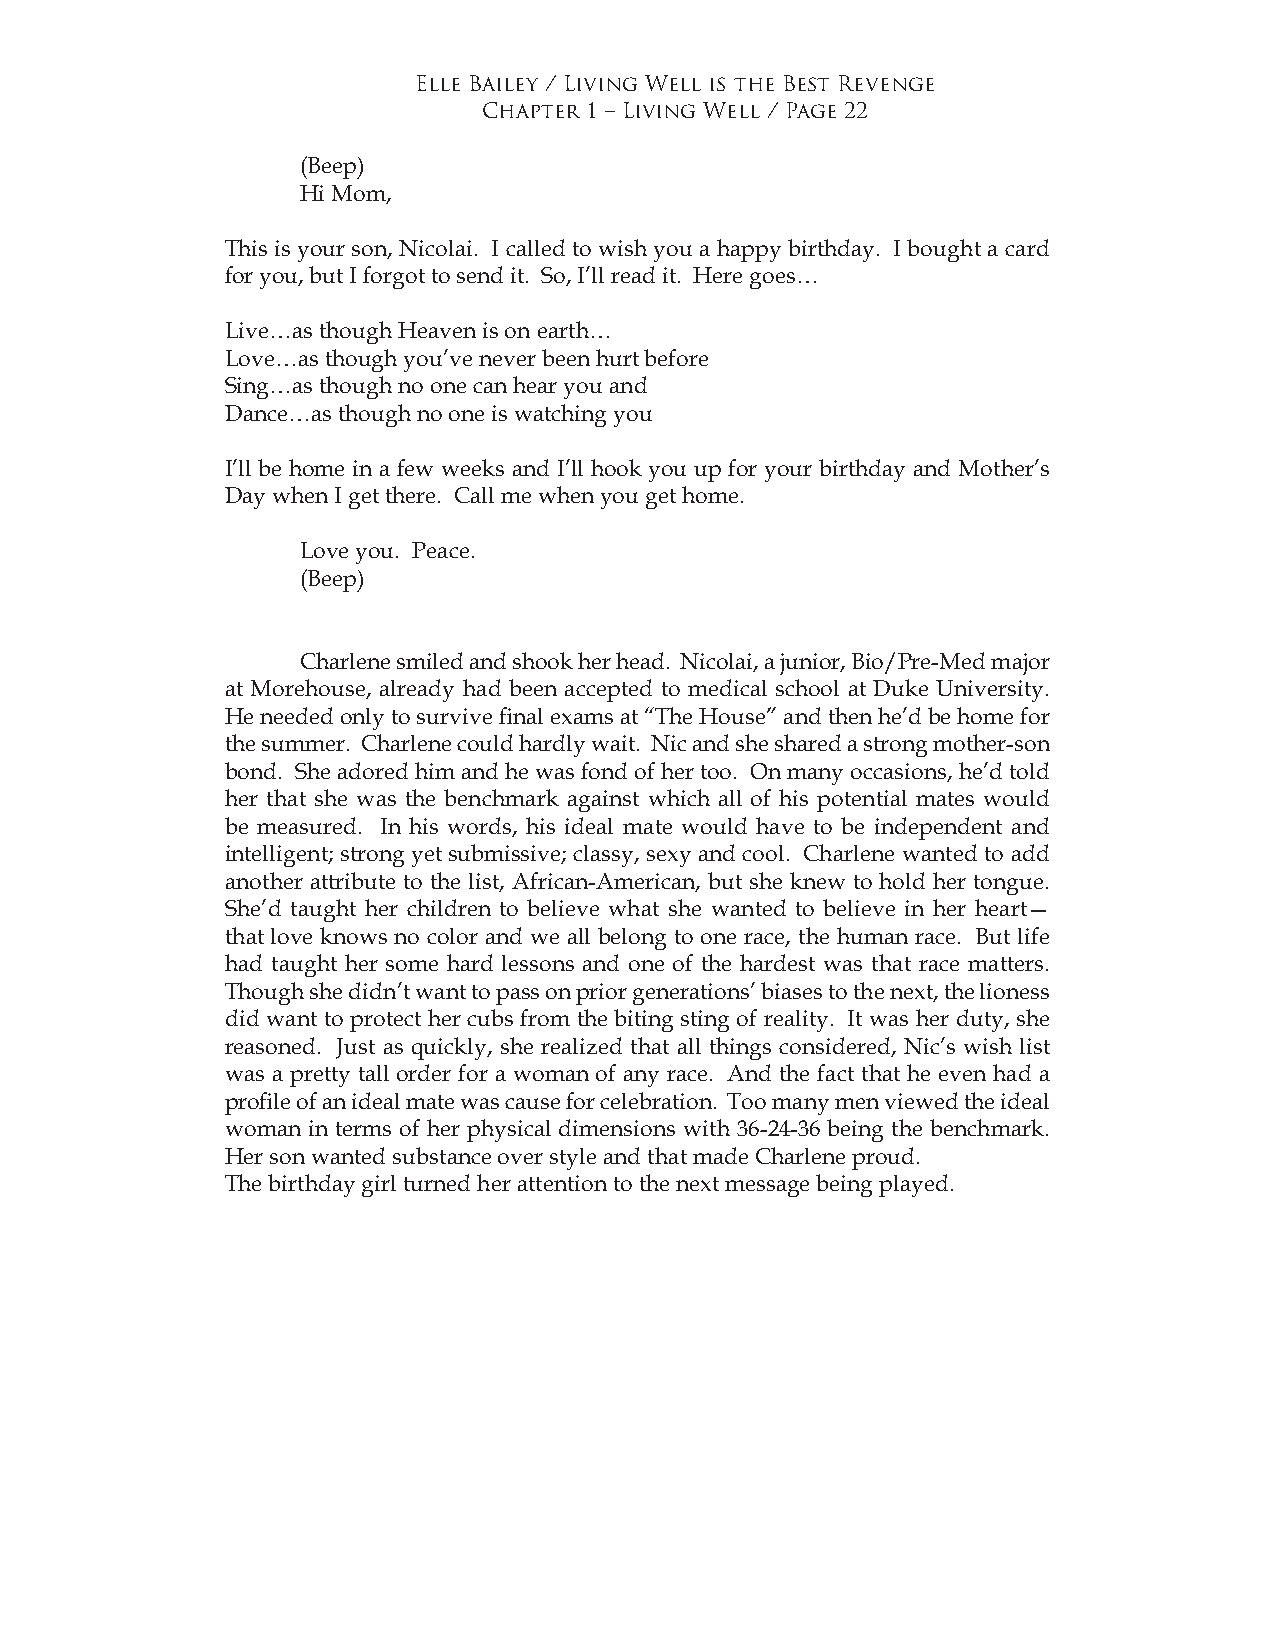
Elle Bailey / Living Well is the Best Revenge
 Chapter 1 – Living Well / Page 22
 (Beep)
 Hi Mom,
 This is your son, Nicolai. I called to wish you a happy birthday. I bought a card
 for you, but I forgot to send it. So, I’ll read it. Here goes…
 Live…as though Heaven is on earth…
 Love…as though you’ve never been hurt before
 Sing…as though no one can hear you and
 Dance…as though no one is watching you
 I’ll be home in a few weeks and I’ll hook you up for your birthday and Mother’s
 Day when I get there. Call me when you get home.
 Love you. Peace.
 (Beep)
 Charlene smiled and shook her head. Nicolai, a junior, Bio/Pre-Med major
 at Morehouse, already had been accepted to medical school at Duke University.
 He needed only to survive final exams at “The House” and then he’d be home for
 the summer. Charlene could hardly wait. Nic and she shared a strong mother-son
 bond. She adored him and he was fond of her too. On many occasions, he’d told
 her that she was the benchmark against which all of his potential mates would
 be measured. In his words, his ideal mate would have to be independent and
 intelligent; strong yet submissive; classy, sexy and cool. Charlene wanted to add
 another attribute to the list, African-American, but she knew to hold her tongue.
 She’d taught her children to believe what she wanted to believe in her heart—
 that love knows no color and we all belong to one race, the human race. But life
 had taught her some hard lessons and one of the hardest was that race matters.
 Though she didn’t want to pass on prior generations’ biases to the next, the lioness
 did want to protect her cubs from the biting sting of reality. It was her duty, she
 reasoned. Just as quickly, she realized that all things considered, Nic’s wish list
 was a pretty tall order for a woman of any race. And the fact that he even had a
 profile of an ideal mate was cause for celebration. Too many men viewed the ideal
 woman in terms of her physical dimensions with 36-24-36 being the benchmark.
 Her son wanted substance over style and that made Charlene proud.
 The birthday girl turned her attention to the next message being played.